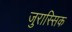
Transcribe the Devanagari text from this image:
जुरास्सिक